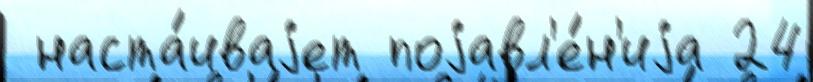
 наста́иваjет поjавл'е́н'иjа 24